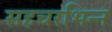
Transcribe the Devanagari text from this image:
सहचरभिन्न